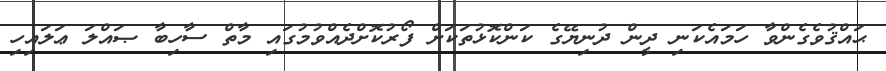
ޙައްޤުވެގެންވާ ހަމައެކަނި ދީން ދުނިޔޭގެ ކަންކޮޅުތަކަށް ފޯރުކޮށްދެއްވުމުގައި މާތް ސާހިބާ ޞައްލަ ޢަލައިހި